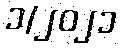
၁/၂၀၂၁